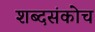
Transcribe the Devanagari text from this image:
शब्दसंकोच